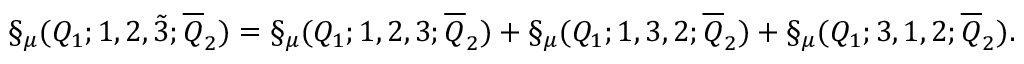
\S _ { \mu } ( Q _ { 1 } ; 1 , 2 , \tilde { 3 } ; \overline { { { Q } } } _ { 2 } ) = \S _ { \mu } ( Q _ { 1 } ; 1 , 2 , 3 ; \overline { { { Q } } } _ { 2 } ) + \S _ { \mu } ( Q _ { 1 } ; 1 , 3 , 2 ; \overline { { { Q } } } _ { 2 } ) + \S _ { \mu } ( Q _ { 1 } ; 3 , 1 , 2 ; \overline { { { Q } } } _ { 2 } ) .